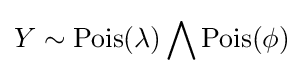
Y\sim \operatorname {Pois(\lambda )} \bigwedge \operatorname {Pois(\phi )}